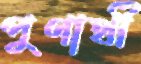
পুণার্থী